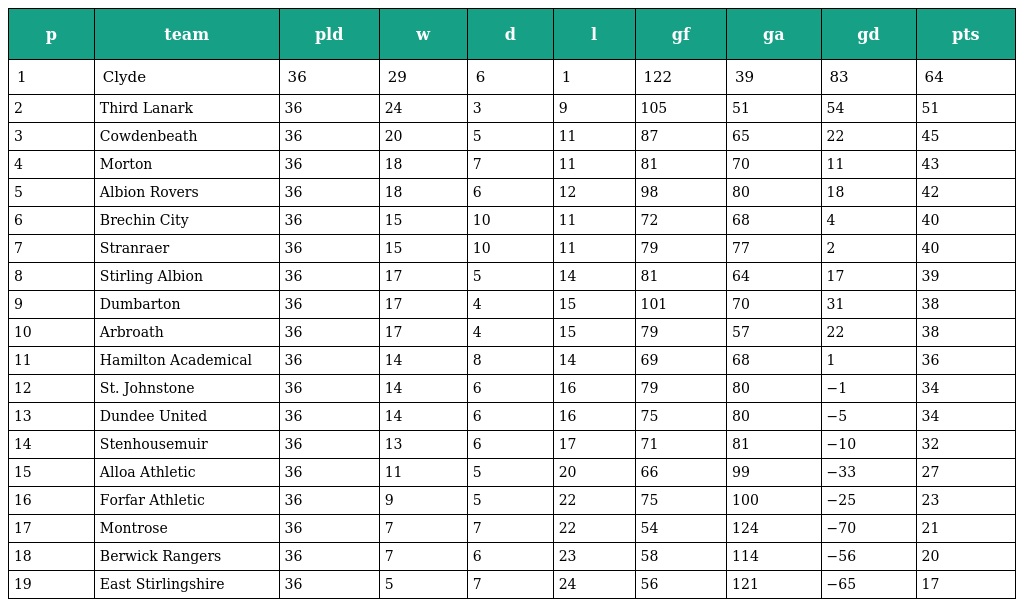
| p | team | pld | w | d | l | gf | ga | gd | pts |
 | --- | --- | --- | --- | --- | --- | --- | --- | --- | --- |
 | 1 | Clyde | 36 | 29 | 6 | 1 | 122 | 39 | 83 | 64 |
 | 2 | Third Lanark | 36 | 24 | 3 | 9 | 105 | 51 | 54 | 51 |
 | 3 | Cowdenbeath | 36 | 20 | 5 | 11 | 87 | 65 | 22 | 45 |
 | 4 | Morton | 36 | 18 | 7 | 11 | 81 | 70 | 11 | 43 |
 | 5 | Albion Rovers | 36 | 18 | 6 | 12 | 98 | 80 | 18 | 42 |
 | 6 | Brechin City | 36 | 15 | 10 | 11 | 72 | 68 | 4 | 40 |
 | 7 | Stranraer | 36 | 15 | 10 | 11 | 79 | 77 | 2 | 40 |
 | 8 | Stirling Albion | 36 | 17 | 5 | 14 | 81 | 64 | 17 | 39 |
 | 9 | Dumbarton | 36 | 17 | 4 | 15 | 101 | 70 | 31 | 38 |
 | 10 | Arbroath | 36 | 17 | 4 | 15 | 79 | 57 | 22 | 38 |
 | 11 | Hamilton Academical | 36 | 14 | 8 | 14 | 69 | 68 | 1 | 36 |
 | 12 | St. Johnstone | 36 | 14 | 6 | 16 | 79 | 80 | −1 | 34 |
 | 13 | Dundee United | 36 | 14 | 6 | 16 | 75 | 80 | −5 | 34 |
 | 14 | Stenhousemuir | 36 | 13 | 6 | 17 | 71 | 81 | −10 | 32 |
 | 15 | Alloa Athletic | 36 | 11 | 5 | 20 | 66 | 99 | −33 | 27 |
 | 16 | Forfar Athletic | 36 | 9 | 5 | 22 | 75 | 100 | −25 | 23 |
 | 17 | Montrose | 36 | 7 | 7 | 22 | 54 | 124 | −70 | 21 |
 | 18 | Berwick Rangers | 36 | 7 | 6 | 23 | 58 | 114 | −56 | 20 |
 | 19 | East Stirlingshire | 36 | 5 | 7 | 24 | 56 | 121 | −65 | 17 |